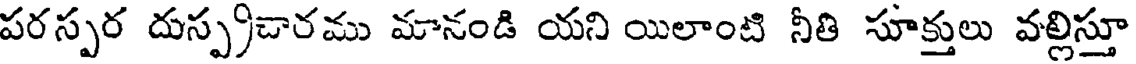
పరస్పర దుస్ప్రచారము మానండి యని యిలాంటి నీతి సూక్తులు వల్లిస్తూ